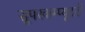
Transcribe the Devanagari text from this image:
सूपरकम्प्यूटरों